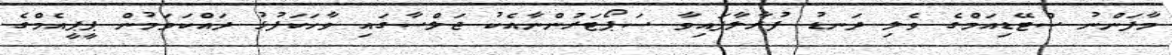
މާފަންނު ސްޓޭޑިއަމްގެ ވެލި ދަނޑު ފުރާލާފައިވާ ސަޕޯޓަރުންނާއެކު ޖަލްސާގައި ވާހަކަފުޅު ދައްކަވަމުން ޕީޕީއެމްގެ